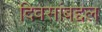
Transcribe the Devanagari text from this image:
दिवसांबद्दल